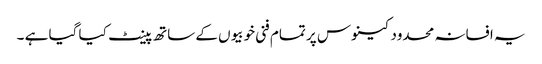
یہ افسانہ محدود کینوس پر تمام فنی خوبیوں کے ساتھ پینٹ کیا گیا ہے ۔